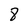
Character: 8